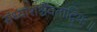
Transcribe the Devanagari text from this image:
संध्यांशश्चैवताद्वियः॥